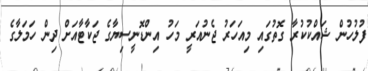
ފުލުހުން ޝައްކުކުރާ ގޮތުގައި މިއަހަރު ޖެނުއަރީ މަހު އިންޑޮނީސިޔާގެ ޖަކާޓާއަށް ދިން ހަމަލާގެ